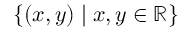
\{ ( x , y ) \mid x , y \in \mathbb { R } \}